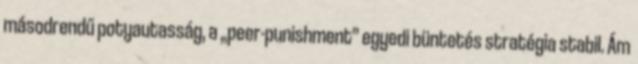
másodrendű potyautasság, a „peer-punishment” egyedi büntetés stratégia stabil. Ám